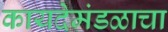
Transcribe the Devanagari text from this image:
कायदेमंडळाचा